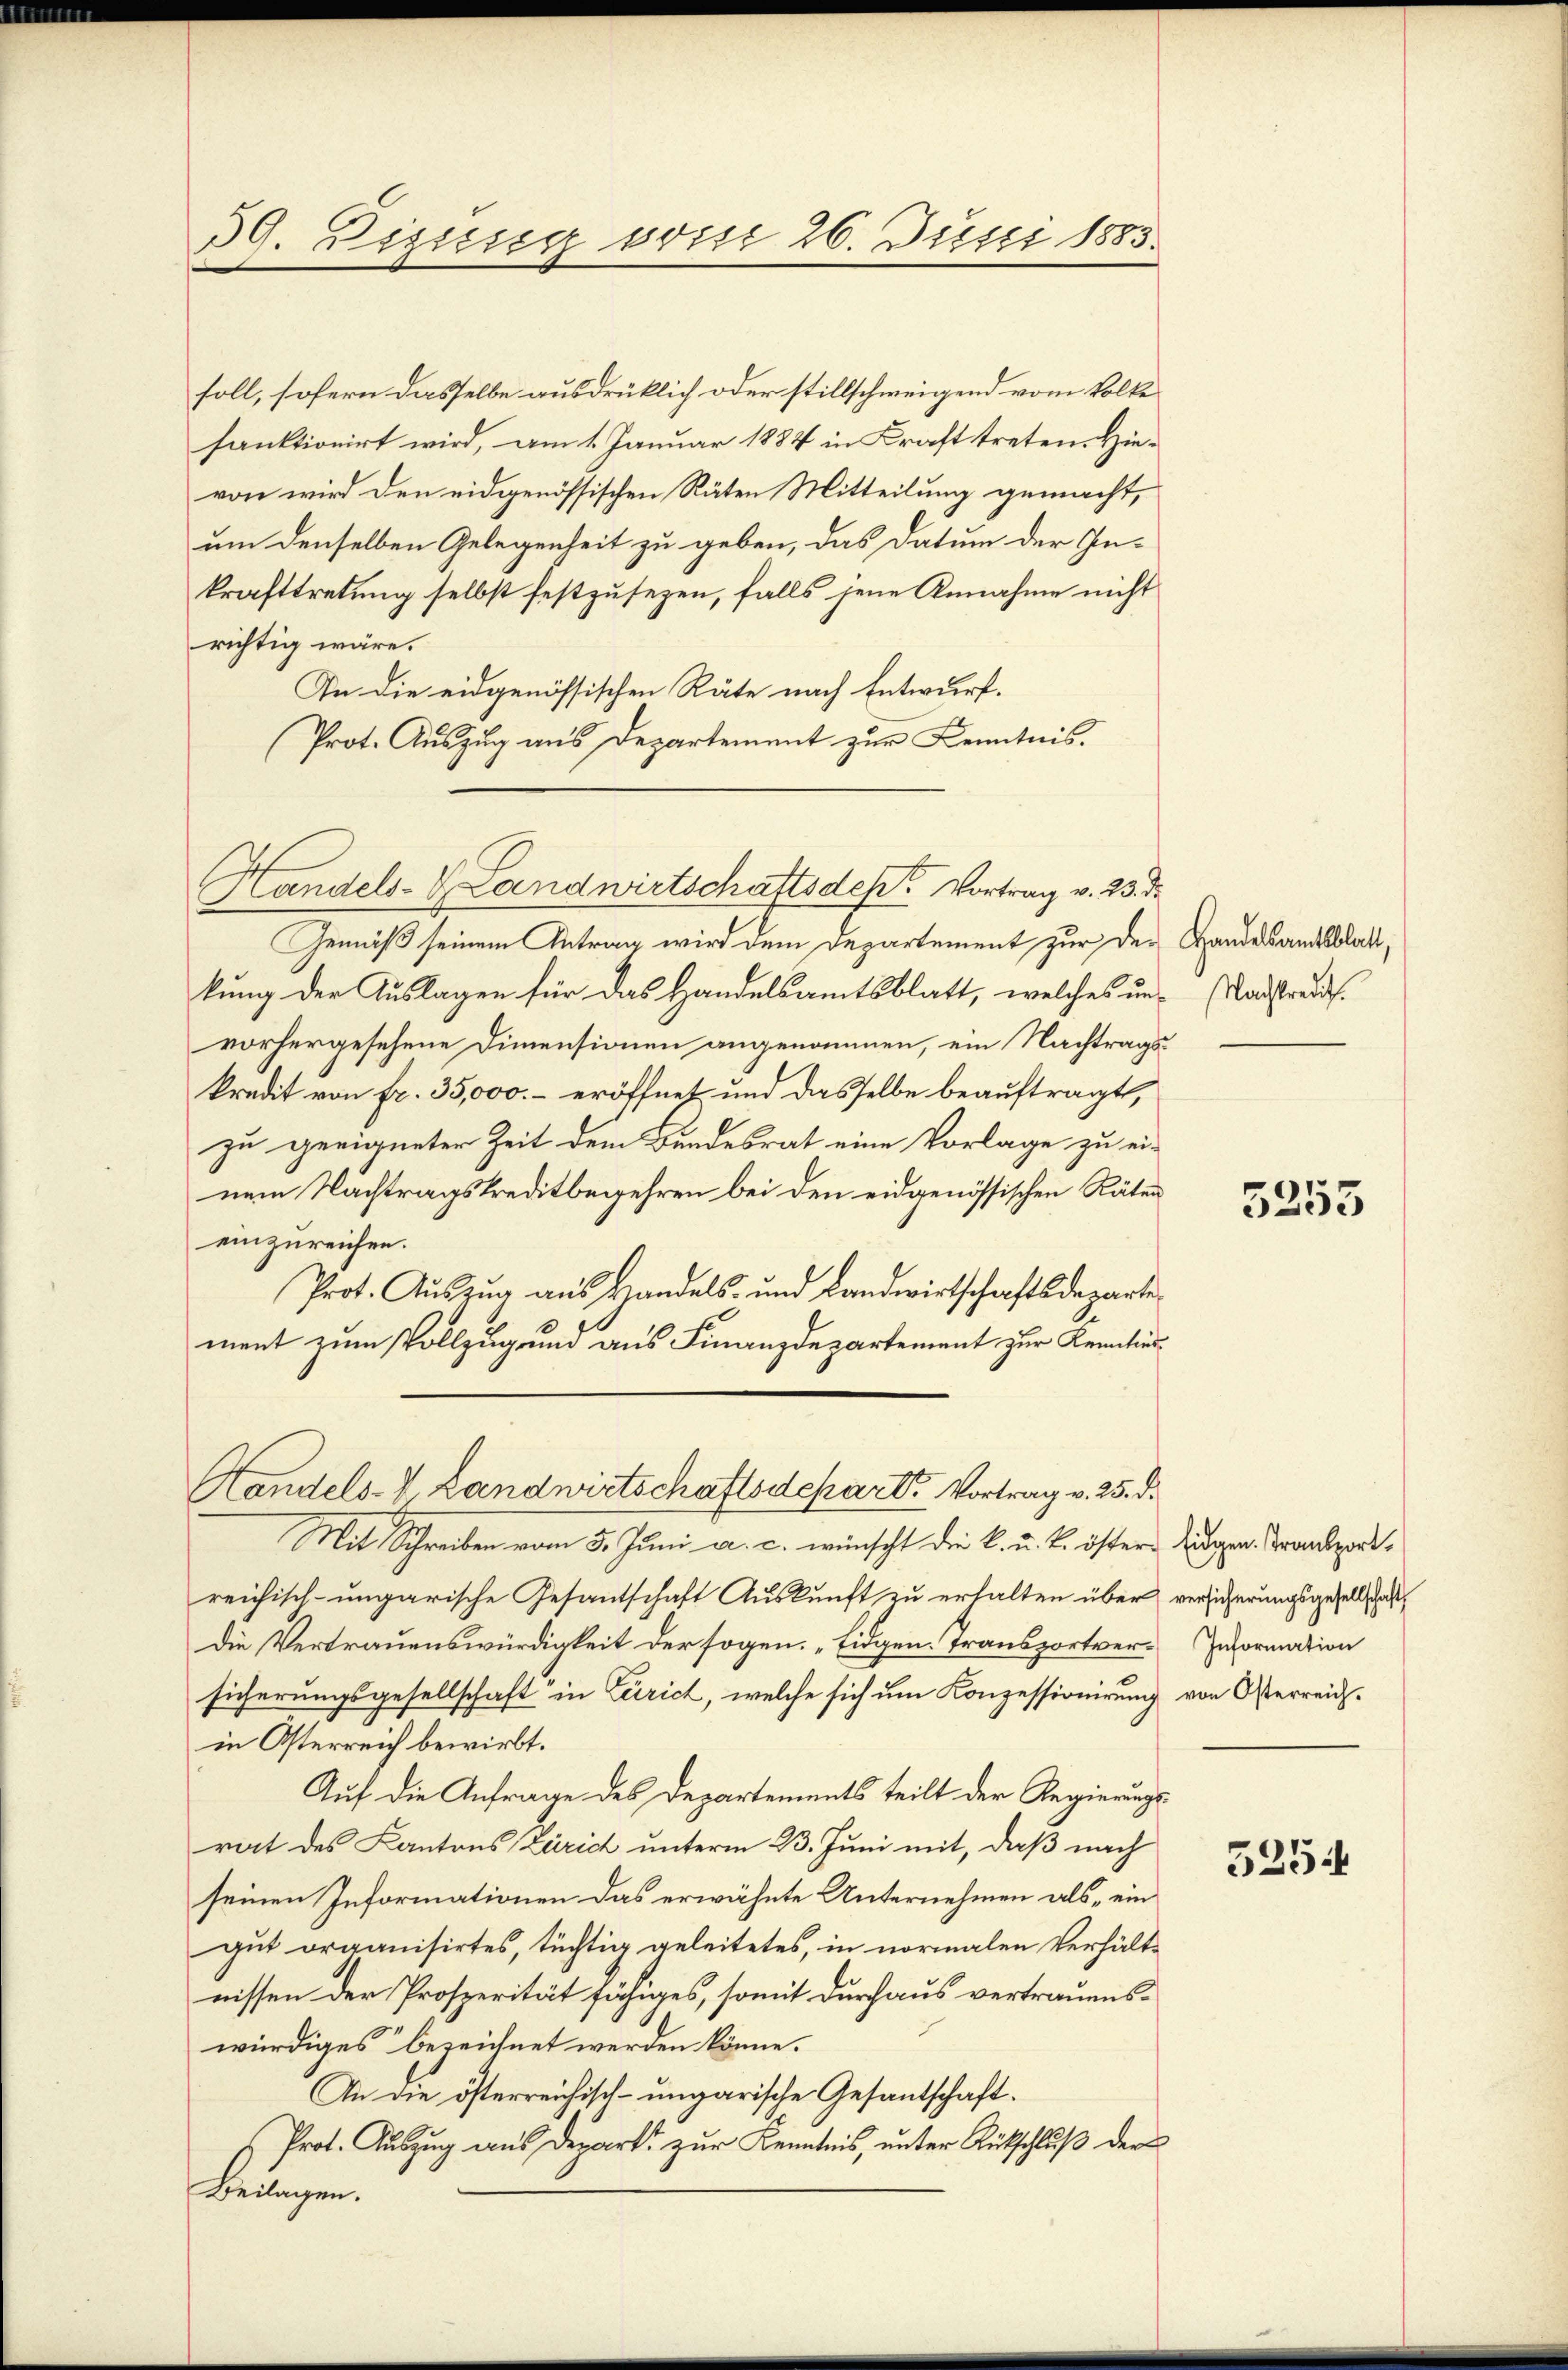
soll, sofern dasselbe ausdrüklich oder stillschweigend vom Volke
fanktionirt wird, am 1. Januar 1884 in Kraft treten. Hievon wird den eidgenössischen Räten Mitteilung gemacht,
um denselben Gelegenheit zu geben, das Datum der In-
krafttretung selbst festzusezen, falls jene Annahme nicht
richtig wäre.
In die eidgenössischen Räte nach Entwurf.
Prot. Auszug aus Departement zur Kenntnis.
Gemäß seinem Antrag wird dem Departement zur Dekung der Auslagen für das Handelsamtsblatt, welches un- (Radstreides.
vorhergesehene Dimensionen angenommen, ein Nachtragskredit von fr. 35,000.- eröffnet und dasselbe beauftragt,
zu geeigneter Zeit dem Bundesrat eine Vorlage zu einem Nachtragskreditbegehren bei den eidgenössischen Räten
einzureichen.
Prot. Auszug aus Handels- und Landwirtschaftsdeparte
ment zum Vollzugung aus Finanzdepartement zur Kenntier¬

39. Dizung vom 26. Justi 1885.

Handels- & Landwirtschaftsdest. Vortrag v. 23. d.

Handels-V. Landwirtschaftsdepart. Vortrag v. 25. d.

Mit Schreiben vom 3. Juni a. c. wünscht die K. u. k. öster Jugen Transportreichisch-ungarische Gesantschaft Auskunft zu erhalten über versicherungsgesell, daß
Die Vertrauenswürdigkeit der sogen. „Eidgen. Transportver-Information
sicherungsgesellschaft in Zürich, welche sich um Konzessionirung von Österreichin Österreich bewirkt.
Auf die Anfrage des Departements teilt der Regierungsrat des Kantons Zürich unterm 23. Juni mit, daß nach
seinen Informationen das erwähnte Unternehmen als „ein
gut organisirtes, tüchtig geleitetes, in normalen Verhältnissen der Prosperität fähiges, somit durchaus vertrauenswürdiges bezeichnet werden könne.
An die österreichisch-ungarische Gesandtschaft.
Prot. Auszug aus Depart zur Kenntnis, unter Rutschluß der
Beilagen.

Handelsamtsblatt,

5253

5254